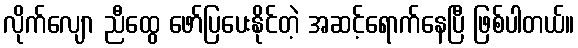
လိုက်လျော ညီထွေ ဖော်ပြပေးနိုင်တဲ့ အဆင့်ရောက်နေပြီ ဖြစ်ပါတယ်။